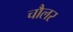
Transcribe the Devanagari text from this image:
चौलर